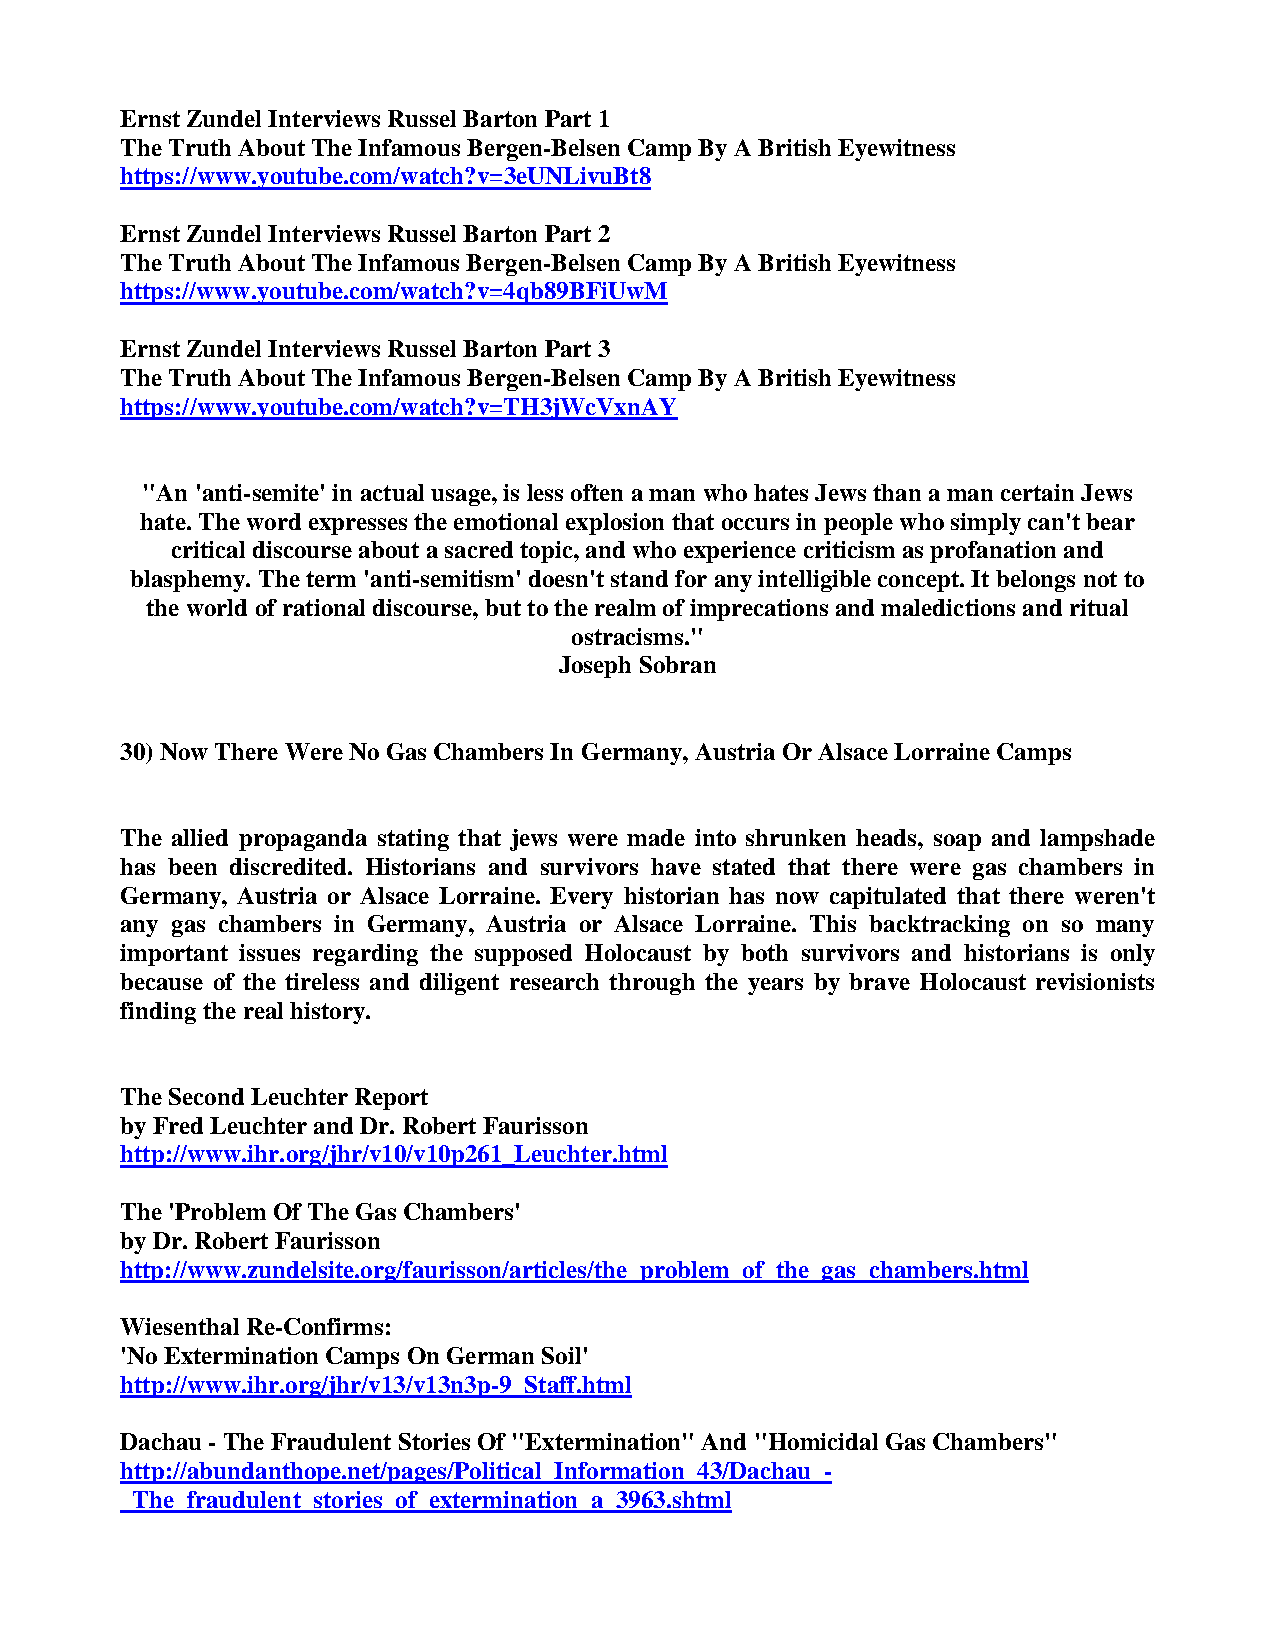
Ernst Zundel Interviews Russel Barton Part 1
 The Truth About The Infamous Bergen-Belsen Camp By A British Eyewitness
 https://www.youtube.com/watch?v=3eUNLivuBt8
 Ernst Zundel Interviews Russel Barton Part 2
 The Truth About The Infamous Bergen-Belsen Camp By A British Eyewitness
 https://www.youtube.com/watch?v=4qb89BFiUwM
 Ernst Zundel Interviews Russel Barton Part 3
 The Truth About The Infamous Bergen-Belsen Camp By A British Eyewitness
 https://www.youtube.com/watch?v=TH3jWcVxnAY
 "An 'anti-semite' in actual usage, is less often a man who hates Jews than a man certain Jews
 hate. The word expresses the emotional explosion that occurs in people who simply can't bear
 critical discourse about a sacred topic, and who experience criticism as profanation and
 blasphemy. The term 'anti-semitism' doesn't stand for any intelligible concept. It belongs not to
 the world of rational discourse, but to the realm of imprecations and maledictions and ritual
 ostracisms."
 Joseph Sobran
 30) Now There Were No Gas Chambers In Germany, Austria Or Alsace Lorraine Camps
 The allied propaganda stating that jews were made into shrunken heads, soap and lampshade
 has been discredited. Historians and survivors have stated that there were gas chambers in
 Germany, Austria or Alsace Lorraine. Every historian has now capitulated that there weren't
 any gas chambers in Germany, Austria or Alsace Lorraine. This backtracking on so many
 important issues regarding the supposed Holocaust by both survivors and historians is only
 because of the tireless and diligent research through the years by brave Holocaust revisionists
 finding the real history.
 The Second Leuchter Report
 by Fred Leuchter and Dr. Robert Faurisson
 http://www.ihr.org/jhr/v10/v10p261_Leuchter.html
 The 'Problem Of The Gas Chambers'
 by Dr. Robert Faurisson
 http://www.zundelsite.org/faurisson/articles/the_problem_of_the_gas_chambers.html
 Wiesenthal Re-Confirms:
 'No Extermination Camps On German Soil'
 http://www.ihr.org/jhr/v13/v13n3p-9_Staff.html
 Dachau - The Fraudulent Stories Of "Extermination" And "Homicidal Gas Chambers"
 http://abundanthope.net/pages/Political_Information_43/Dachau_-
 _The_fraudulent_stories_of_extermination_a_3963.shtml